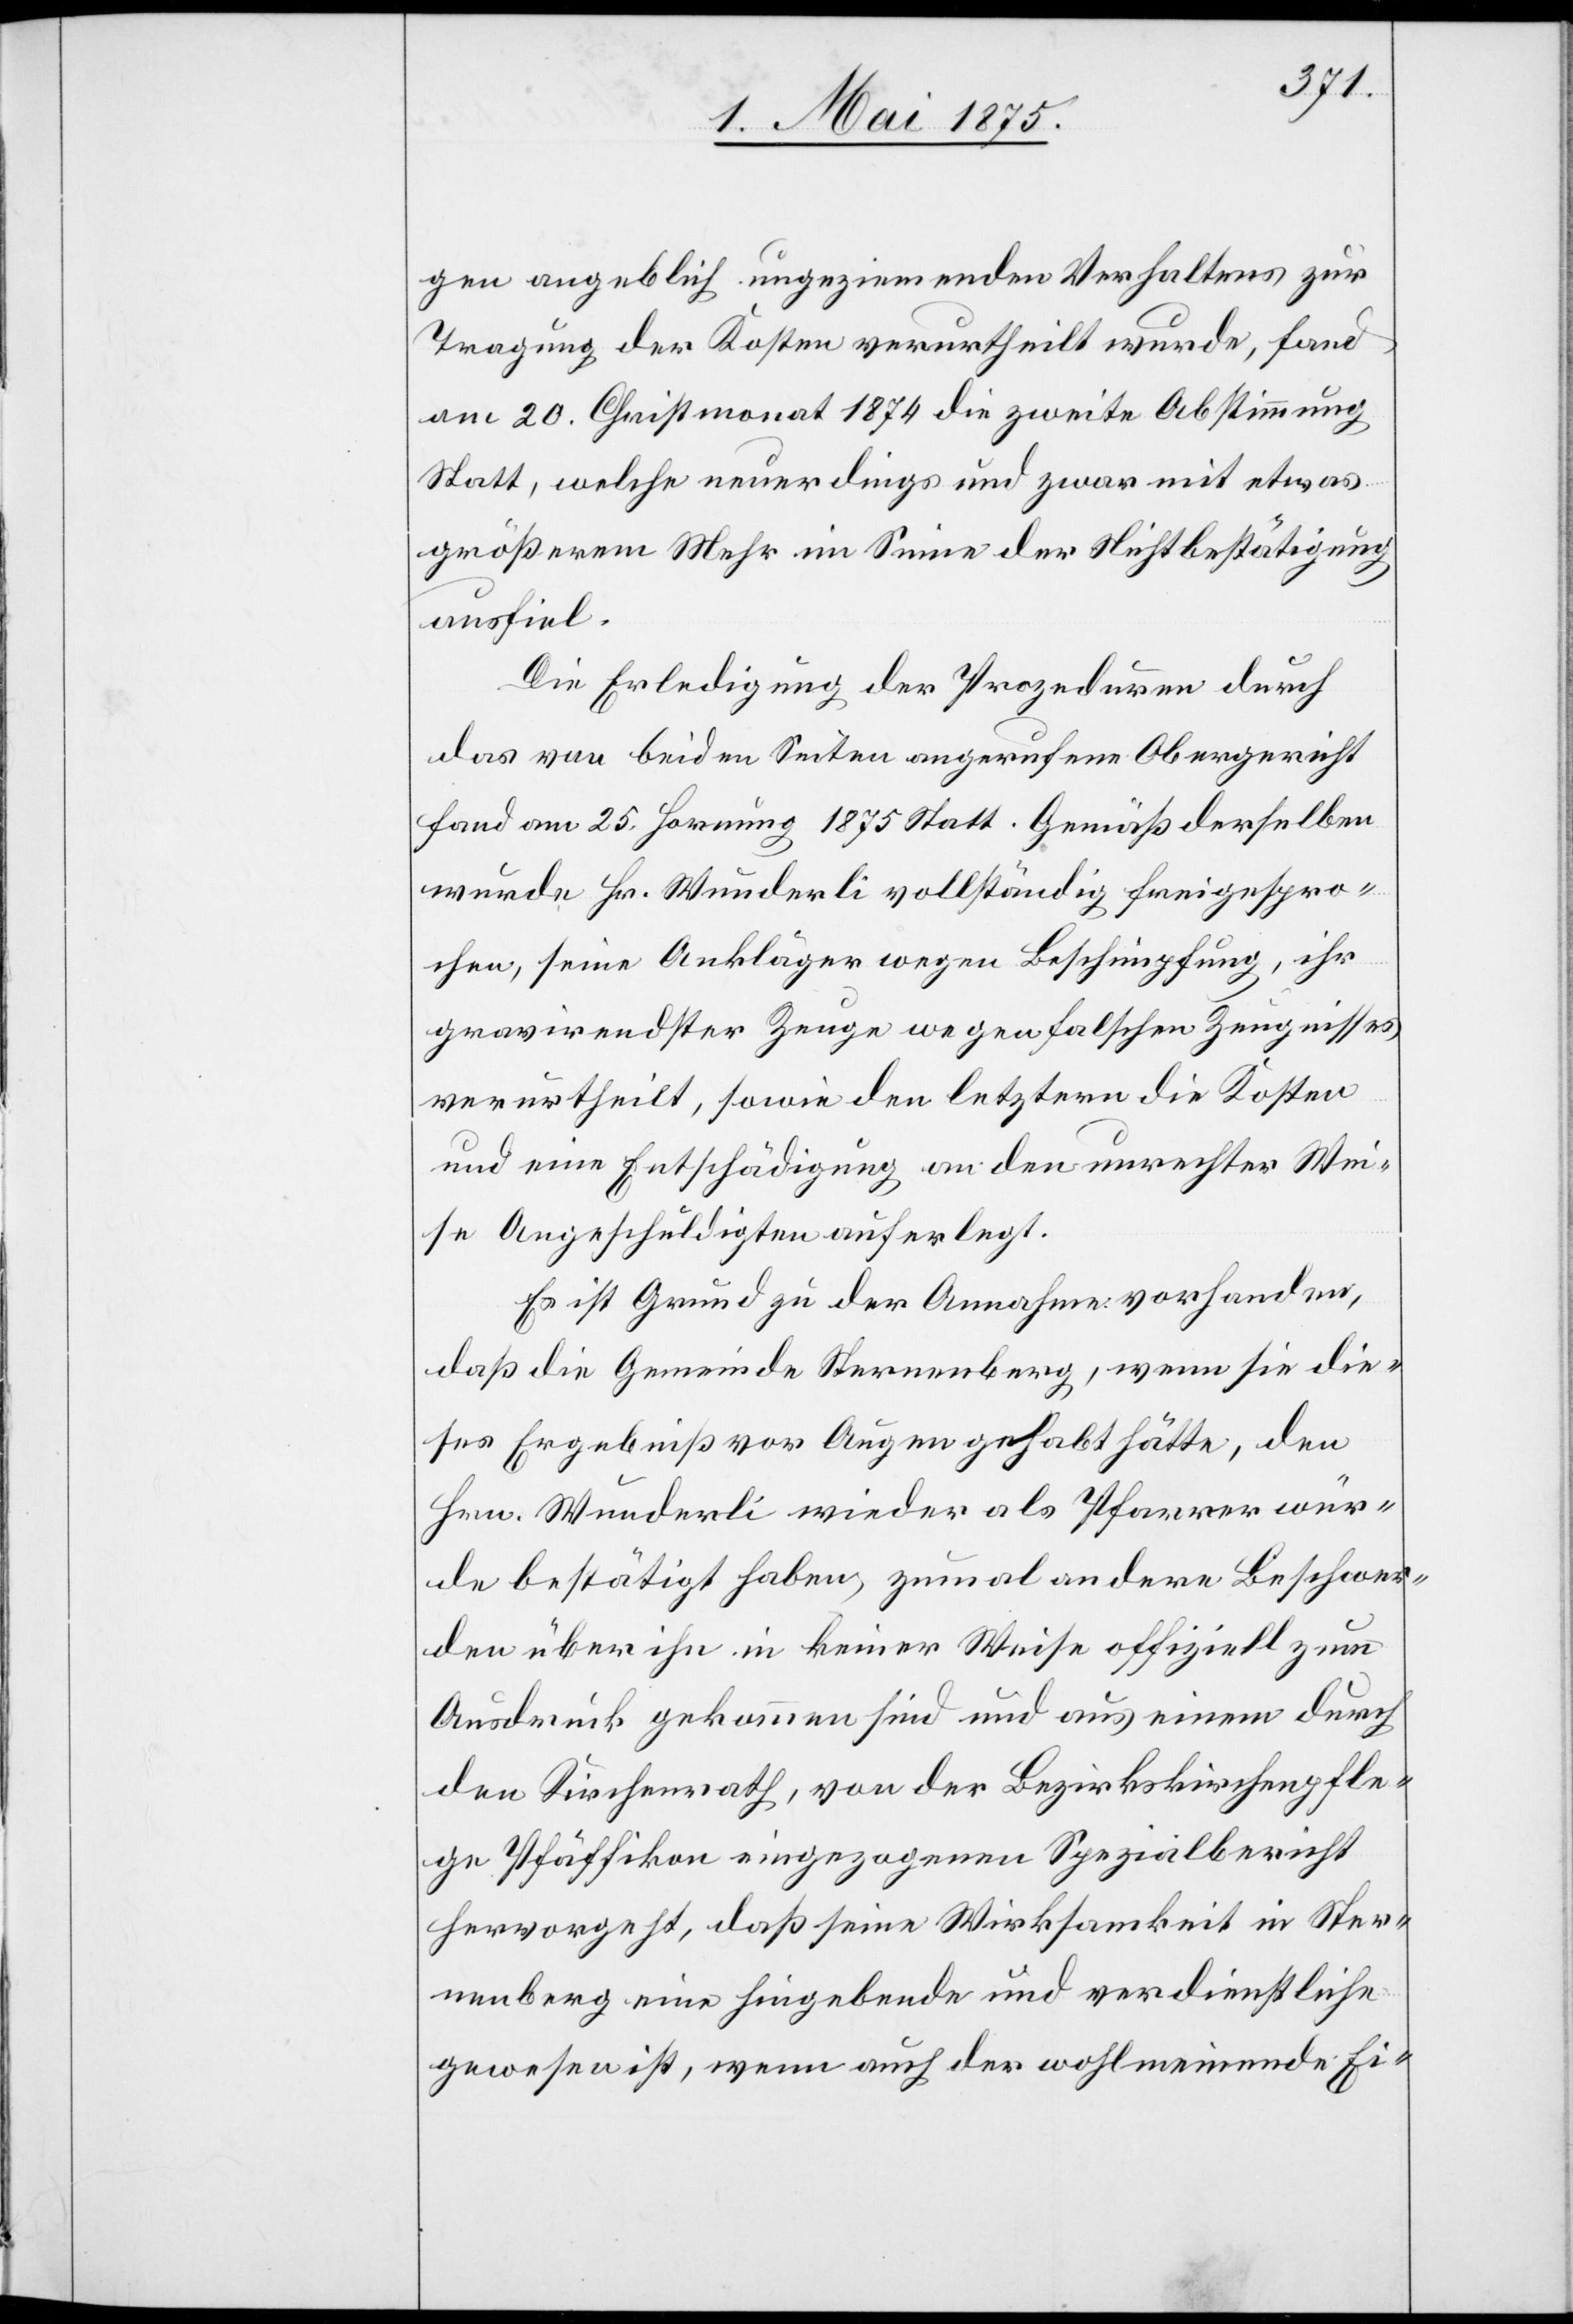
gen angeblich ungeziemenden Verhaltens zur
Tragung der Kosten verurtheilt wurde, fand
am 20. Christmonat 1874 die zweite Abstimmung
statt, welche neuerdings und zwar mit etwas
größerem Mehr im Sinne der Nichtbestätigung
ausfiel.
Die Erledigung der Prozeduren durch
das von beiden Seiten angerufene Obergericht
fand am 25. Hornung 1875 statt. Gemäß derselben
wurde Hr. Wunderli vollständig freigespro¬
chen, seine Ankläger wegen Beschimpfung, ihr
gravirendster Zeuge wegen falschen Zeugnisses
verurtheilt, sowie den letztern die Kosten
und eine Entschädigung an den unrechter Wei¬
se Angeschuldigten auferlegt.
Es ist Grund zu der Annahme vorhanden,
daß die Gemeinde Sternenberg, wenn sie die¬
ses Ergebniß vor Augen gehabt hätte, den
Hrn. Wunderli wieder als Pfarrer wür¬
de bestätigt haben, zumal andere Beschwer¬
den über ihn in keiner Weise offiziell zum
Ausdruck gekommen sind und aus einem durch
den Kirchenrath, von der Bezirkskirchenpfle¬
ge Pfäffikon eingezogenen Spezialbericht
hervorgewagt, daß seine Wirksamkeit in Ster¬
nenberg eine hingebende und verdienstliche
gewesen ist, wenn auch der wohlmeinende Ei-